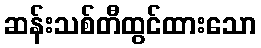
ဆန်းသစ်တီထွင်ထားသော